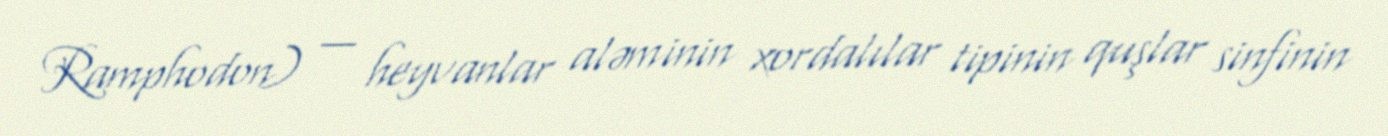
Ramphodon) — heyvanlar aləminin xordalılar tipinin quşlar sinfinin